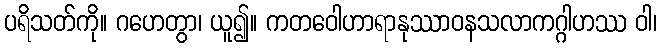
ပရိသတ်ကို။ ဂဟေတွာ၊ ယူ၍။ ကတဝေါဟာရာနုဿာဝနသလာကဂ္ဂါဟဿ ဝါ၊